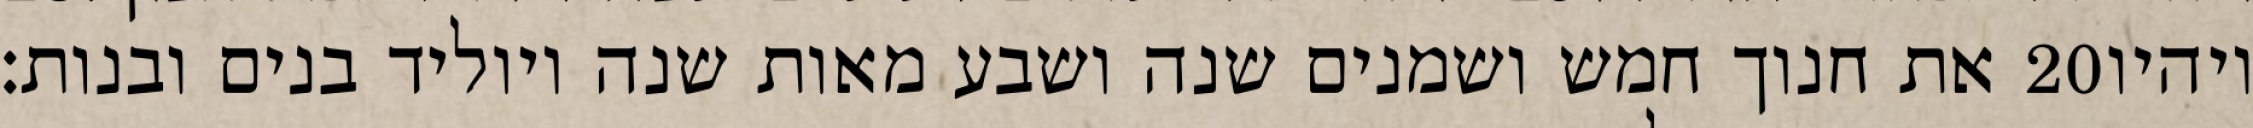
את חנוך חמש ושמנים שנה ושבע מאות שנה ויוליד בנים ובנות׃ ‎20‏ ויהיו